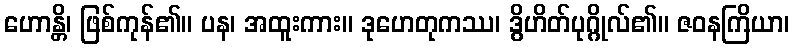
ဟောန္တိ၊ ဖြစ်ကုန်၏။ ပန၊ အထူးကား။ ဒုဟေတုကဿ၊ ဒွိဟိတ်ပုဂ္ဂိုလ်၏။ ဇဝနကြိယာ၊